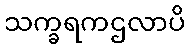
သက္ခရကဌလာပိ